Report of the Indian Hemp Drugs Commission, 1894-1895 - Volume VI
Year: 1894
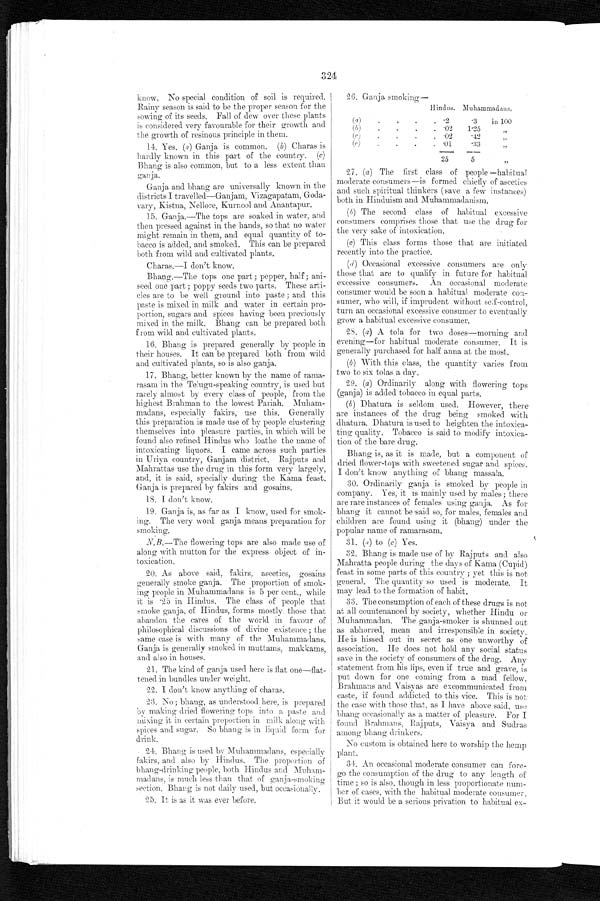
824
know. No special condition of soil is required.
Rainy season is said to be the proper season for the
sowing of its seeds. Fall of dew over these plants
is considered very favourable for their growth and
the growth of resinous principle in them.
14. Yes. (a) Ganja is common. (b) Charas is
hardly known in this part of the country. (c)
Bhang is also common, but to a less extent than
ganja.
Ganja and bhang are universally known in the
districts I travelled—Ganjam, Vizagapatam, Goda-
vary, Kistna, Nellore, Kurnool and Anantapur.
1.5. Ganja.—The tops are soaked in water, and
then pressed against in the hands, so that no water
might remain in them, and equal quantity of to-
bacco is added, and smoked. This can be prepared
both from wild and cultivated plants.
Charas.—I don't know.
Bhang.—The tops one part ; pepper, half; ani-
seed one part ; poppy seeds two parts. These arti-
cles are to be well ground into paste ; and this
paste is mixed in milk and water in certain pro-
portion, sugars and spices having been previously
mixed in the milk. Bhang can be prepared both
f r o m w i l d a n d c u l t i v a t e d p l a n t s .
16. Bhang is prepared generally by people in
their houses. It can be prepared both from wild
and cultivated plants, so is also ganja.
17. Bhang, better known by the name of
rama-rasam in the Telugu-speaking country, is used but
rarely almost by every class of people, from the
highest Brahman to the lowest Pariah. Muham-
madans, especially fakirs, use this. Generally
this preparation is made use of by people clustering
themselves into pleasure parties, in which will be
found also refined Hindus who loathe the name of
intoxicating liquors. I came across such parties
in Uriya country, Ganjam district. Rajputs and
Mahrattas use the drug in this form very largely,
and, it is said, specially during the Kama feast.
Ganja is prepared by fakirs and gosains.
1S. I don't know.
19. Ganja is, as far as I know, used for smok-
i n g - i n g . T h e v e r y w o r d g a n j a m e a n s p r e p a r a t i o n f o r
smoking.
N.B.—The flowering tops are also made use of
along with mutton for the express object of in-
toxication.
20. As above said, fakirs, ascetics, gosains
generally smoke ganja. The proportion of smok-
ing people in Muhammadans is 5 per cent., while
it is 25 in Hindus. The class of people that
smoke ganja, of Hindus, forms mostly those that
abandon the cares of the world in favour of
philosophical discussions of divine existence; the
same case is with many of the Muhammadans.
Ganja is generally smoked in muttams, makkams,
and also in houses.
21. The kind of ganja used here is flat one—flat-
tened in bundles under weight.
22. I don't know anything of charas.
23. No ; bhang, as understood here, is prepared
by making dried flowering tops into a paste and
mixing it in certain proportion in milk along with
spices and sugar. So bhang is in liquid form for
drink.
24. Bhang is used by Muhammadans, especially
fakirs, and also by Hindus. The proportion of
bhang-drinking people, both Hindus and
M u h a m - m a d a n s , i s m u c h l e s s t h a n t h a t o f g a n j a - s m o k i n g
section. Bhang is not daily used, but occasionally.
25. It is as it was ever before.
26. Ganja smoking—
Hindus. Muhammadans.
(a)
(b)
( c )
(e)
.
.
.
.
.
.
.
.
.
.
.
.
• 2
•02
.0 1
25
.3
1.25
•33
5
in 100
"
"
"
27. (a) The first class of people —habitual
moderate consumers—is formed chiefly of ascetics
and such spiritual thinkers (save a few instances)
both in Hinduism and Muhammadanism.
(b) The second class of habitual excessive
consumers comprises those that use the drug for
the very sake of intoxication.
(c) This class forms those that are initiated
recently into the practice.
(d) Occasional excessive consumers are only
those that are to qualify in future for habitual
excessive consumers. An occasional moderate
consumer would be soon a habitual moderate con-
sumer, who will, if imprudent without self-control,
turn an occasional excessive consumer to eventually
grow a habitual excessive consumer.
28. (a) A tola for two doses—morning and
evening—for habitual moderate consumer. It is
generally purchased for half anna at the most.
(b) With this class, the quantity varies from
two to six to las a day.
29. s(a) Ordinarily along with fl oweri ng t ops (ganj a) i s added t obacco i n equal part s.
(b) Dhatura is seldom used. However, there
are instances of the drug being smoked with
dhatura. Dhatura is used to heighten the intoxica-
ting quality. Tobacco is said to modify intoxica-
tion of the bare drug.
Bhang is, as it is made, but a component of
dried flower-tops with sweetened sugar and spices.
I don't know anything of bhang massala.
30. Ordinarily ganja is smoked by people in
company. Yes, it is mainly used by males; there
are rare instances of females using ganja. As for
bhang it cannot be said so, for males, females and
children are found using it (bhang) under the
popular name of ramarasam.
31.
(a) to (c) Yes.
32. Bhang is made use of by Rajputs and also
Mahratta people during the days of Kama (Cupid)
feast in some parts of this country ; yet this is not
general. The quantity so used is moderate. It
may lead to the formation of habit.
33. The consumption of each of these drugs is not
at all countenanced by society, whether Hindu or
Muhammadan. The ganja-smoker is shunned out
as abhorred, mean and irresponsible in society.
He is hissed out in secret as one unworthy of
association. He does not hold any social status
save in the society of consumers of the drug. Any
statement from his lips, even if true and grave, is
put down for one coming from a mad fellow.
Brahmans and Vaisyas are excommunicated from
caste, if found addicted to this vice. This is not
the case with those that, as I have above said, use
bhang occasionally as a matter of pleasure. For I
found Brahmans, Rajputs, Vaisya and Sudras
among bhang drinkers.
No custom is obtained here to worship the hemp
plant.
34. An occasional moderate consumer can fore
-go the consumption of the drug to any length of
I time ; so is also, though in less proportionate num-
ber of cases, with the habitual moderate consumer.
But it would be a serious privation to habitual ex-